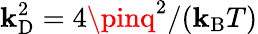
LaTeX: \mathbf{k}_{\mathrm{{{D}}}}^{2}=4\pinq^{2}/(\mathbf{k}_{\mathrm{{{B}}}}T)